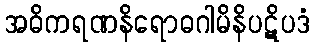
အဓိကရဏနိရောဓဂါမိနိပဋိပဒံ